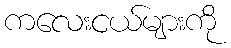
ကလေးငယ်များကို